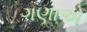
ગણાએ